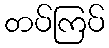
တပ်ကြပ်